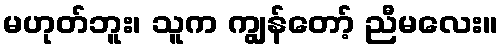
မဟုတ်ဘူး၊ သူက ကျွန်တော့် ညီမလေး။